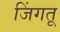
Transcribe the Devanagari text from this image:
जिंगतू